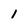
Character: 1